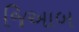
જિઆબ